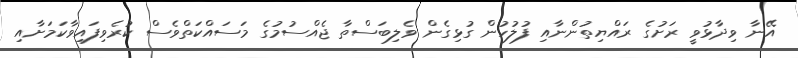
އޭނާ ވިދާޅުވީ ރަށުގެ ރައްޔިތުންނާއި ފުލުހުން ގުޅިގެން ވެލިބަސްތާ ޖެއްސުމުގެ މަސައްކަތްވެސް ކުރެވިފައިވާކަމަށާއި